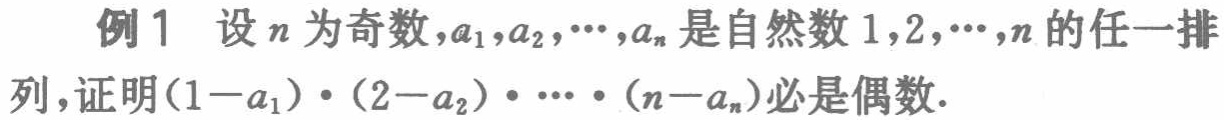
例1 设\(n\)为奇数，\(a_{1},a_{2},\cdots,a_{n}\)是自然数\(1,2,\cdots,n\)的任一排列，证明\((1 - a_{1})\cdot(2 - a_{2})\cdots(n - a_{n})\)必是偶数.